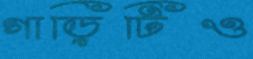
গাড়িটিও